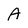
Character: A